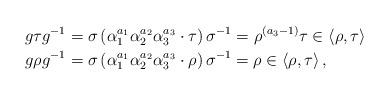
LaTeX: \begin{align*}g\tau g^{-1}&=\sigma\left(\alpha_{1}^{a_{1}}\alpha_{2}^{a_{2}}\alpha_{3}^{a_{3}}\cdot\tau\right) \sigma^{-1}=\rho^{\left(a_{3}-1\right)}\tau \in \left\langle \rho,\tau \right\rangle \ \\g\rho g^{-1}&=\sigma\left(\alpha_{1}^{a_{1}}\alpha_{2}^{a_{2}}\alpha_{3}^{a_{3}}\cdot\rho\right) \sigma^{-1}=\rho \in \left\langle \rho,\tau \right\rangle,\end{align*}